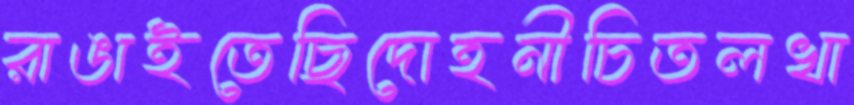
রাঙাইতেছিদোহনীচিতলখা